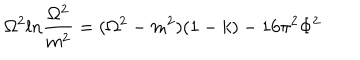
LaTeX: \Omega ^ { 2 } l n { \frac { \Omega ^ { 2 } } { m ^ { 2 } } } = ( \Omega ^ { 2 } - m ^ { 2 } ) ( 1 - k ) - 1 6 \pi ^ { 2 } \Phi ^ { 2 }